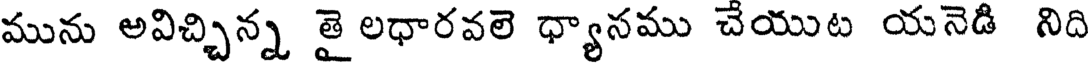
మును అవిచ్చిన్న తై లధారవలె ధ్యానము చేయుట యనెడి నిది